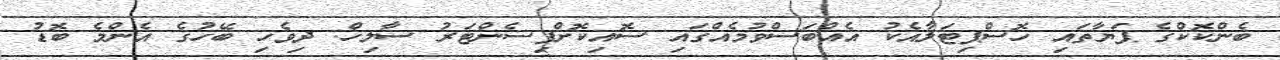
ބެންކޮކްގެ ޕަޔާތައި ހޮސްޕިޓަލާއެކު އެއްބަސްވުމެއްގައި ސޮއިކޮށްފިސެންޓަރު ސާލިހް: ދިވެހި ބޭހުގެ އެންމެ ބޮޑު